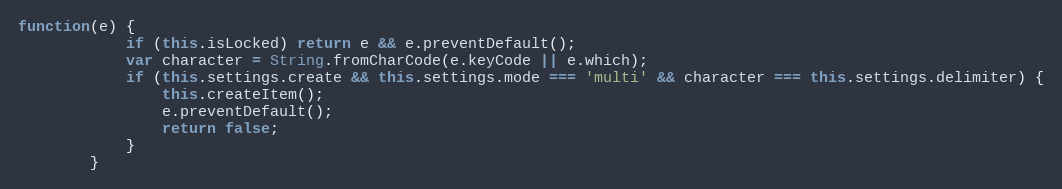
Language: JavaScript
function(e) {
			if (this.isLocked) return e && e.preventDefault();
			var character = String.fromCharCode(e.keyCode || e.which);
			if (this.settings.create && this.settings.mode === 'multi' && character === this.settings.delimiter) {
				this.createItem();
				e.preventDefault();
				return false;
			}
		}